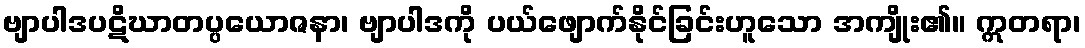
ဗျာပါဒပဋိဃာတပ္ပယောဇနာ၊ ဗျာပါဒကို ပယ်ဖျောက်နိုင်ခြင်းဟူသော အကျိုး၏။ ဣတရာ၊